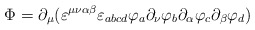
\begin{align*}\Phi=\partial_{\mu}(\varepsilon^{\mu\nu\alpha\beta}\varepsilon_{abcd}\varphi_{a}\partial_{\nu}\varphi_{b}\partial_{\alpha}\varphi_{c}\partial_{\beta}\varphi_{d})\end{align*}